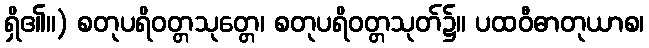
ရှိ၏။) စတုပရိဝတ္တသုတ္တေ၊ စတုပရိဝတ္တသုတ်၌။ ပထဝီဓာတုယာစ၊